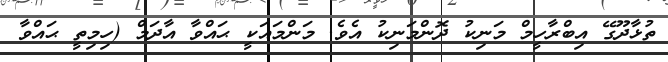
ތުޅާދޫގޭ އިބްރާހީމް މަނިކު ދޮންމަނިކު އެވެ. މަންމައަކީ ޙައްވާ އާދަމް (ހިމިތީ ޙައްވާ